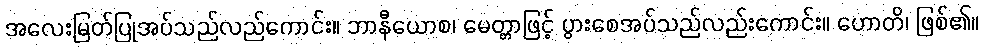
အလေးမြတ်ပြုအပ်သည်လည်ကောင်း။ ဘာနီယောစ၊ မေတ္တာဖြင့် ပွားစေအပ်သည်လည်းကောင်း။ ဟောတိ၊ ဖြစ်၏။